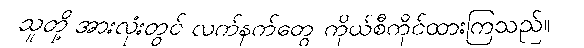
သူတို့ အားလုံးတွင် လက်နက်တွေ ကိုယ်စီကိုင်ထားကြသည်။